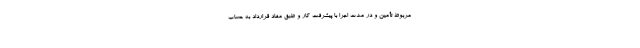
مربوط تأمین و در مدت اجرا با پیشرفت کار و طبق مفاد قرارداد به حساب